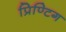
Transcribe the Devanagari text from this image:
प्रिण्टिग